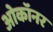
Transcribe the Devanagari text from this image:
ओकॉनर